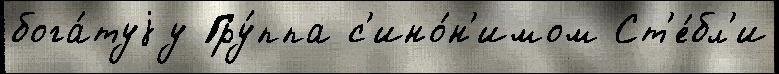
бога́туjу Гру́ппа с'ино́н'имом Ст'е́бл'и